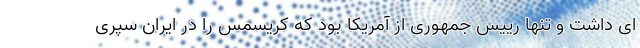
ای داشت و تنها رییس جمهوری از آمریکا بود که کریسمس را در ایران سپری